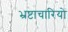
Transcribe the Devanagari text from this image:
भ्रष्टाचारियो